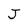
Character: J